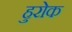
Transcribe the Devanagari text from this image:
हुरोक